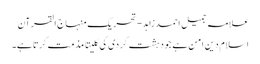
علامہ جمیل احمد زاہد - تحریک منہاج القرآن
اسلام دین امن ہے جو دہشت گردی کی کلیتا مذمت کرتا ہے۔